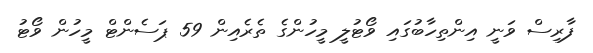
ފާރިސް ވަނީ އިންތިހާބުގައި ވޯޓުލީ މީހުންގެ ތެރެއިން 59 ޕަސެންޓް މީހުން ވޯޓު